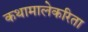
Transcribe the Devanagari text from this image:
कथामालेकरिता